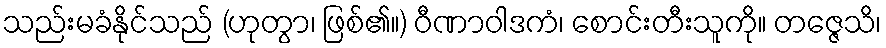
သည်းမခံနိုင်သည် (ဟုတွာ၊ ဖြစ်၏။) ဝီဏာဝါဒကံ၊ စောင်းတီးသူကို။ တဇ္ဇေသိ၊